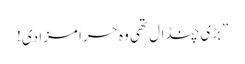
”بڑی چنڈال تھی وہ حرا مزا دی!